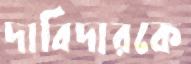
দাবিদারকে